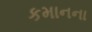
કમાનના